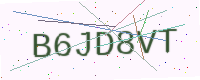
Text: B6JD8VT